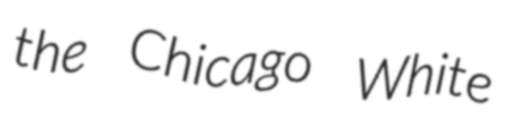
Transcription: the Chicago White